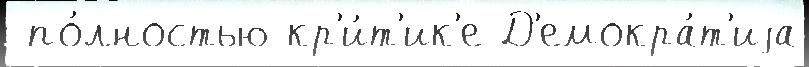
 по́лностью кр'и́т'ик'е Д'емокра́т'иjа